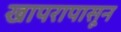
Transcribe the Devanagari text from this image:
खापरापासून